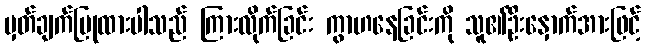
မှတ်ချက်ပြုထားပါသည် ကြားလိုက်ခြင်း ကွာဟနေခြင်းကို သူ၏ဦးနှောက်အားဖြင့်